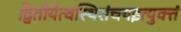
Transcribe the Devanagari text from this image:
द्वितीयेत्वस्थिसंचयइत्युक्तं